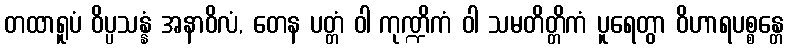
တထာရူပံ ဝိပ္ပသန္နံ အနာဝိလံ, တေန ပတ္တံ ဝါ ကုဏ္ဍိကံ ဝါ သမတိတ္တိကံ ပူရေတွာ ဝိဟာရပစ္စန္တေ